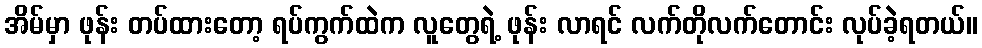
အိမ်မှာ ဖုန်း တပ်ထားတော့ ရပ်ကွက်ထဲက လူတွေရဲ့ ဖုန်း လာရင် လက်တိုလက်တောင်း လုပ်ခဲ့ရတယ်။